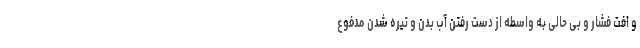
و افت فشار و بی حالی به واسطه از دست رفتن آب بدن و تیره شدن مدفوع